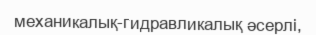
механикалық-гидравликалық әсерлі,